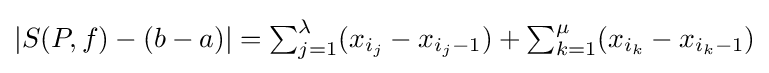
|S(P,f)-(b-a)|=\textstyle \sum _{j=1}^{\lambda }\displaystyle (x_{i_{j}}-x_{i_{j}-1})+\textstyle \sum _{k=1}^{\mu }\displaystyle (x_{i_{k}}-x_{i_{k}-1})